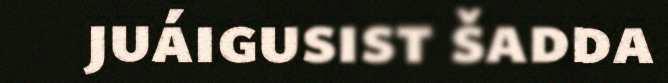
juáigusist šadda